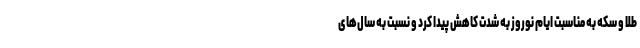
طلا و سکه به مناسبت ایام نوروز به شدت کاهش پیدا کرد و نسبت به سال‌های